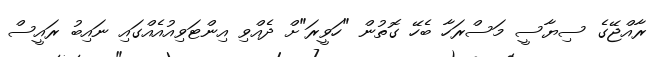
ރާއްޖޭގެ ސިޔާސީ މަސްރަހާ ބެހޭ ގޮތުން "ހަވީރަ"ށް ދެއްވި އިންޓަވިއުއެއްގައި ނައިބު ރައީސް